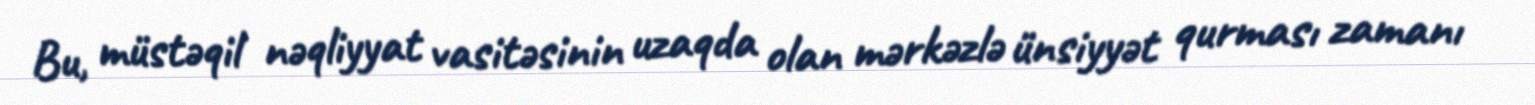
Bu, müstəqil nəqliyyat vasitəsinin uzaqda olan mərkəzlə ünsiyyət qurması zamanı